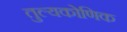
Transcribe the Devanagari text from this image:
तुल्यकोणिक